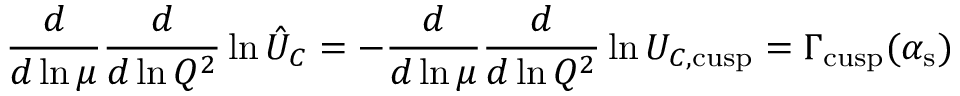
\frac { d } { d \ln \mu } \frac { d } { d \ln Q ^ { 2 } } \ln \hat { U } _ { C } = - \frac { d } { d \ln \mu } \frac { d } { d \ln Q ^ { 2 } } \ln U _ { C , \mathrm { c u s p } } = \Gamma _ { \mathrm { c u s p } } ( \alpha _ { \mathrm { s } } )